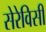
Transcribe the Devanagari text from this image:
सेरेविसी